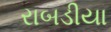
રાબડીયા